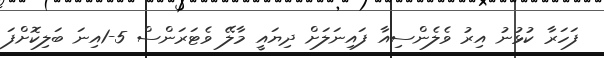
ފަހަރާ ކުޅުނު އިރު ވެލެންސިއާ ފައިނަލަށް ދިޔައީ މާލޭ ވެޓަރަންސް 5-1އިނަ ބަލިކޮށްފަ